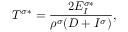
T ^ { \sigma * } = \frac { 2 E _ { I } ^ { \sigma * } } { \rho ^ { \sigma } ( D + I ^ { \sigma } ) } ,